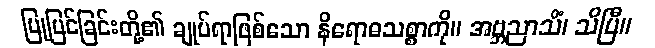
ပြုပြင်ခြင်းတို့၏ ချုပ်ရာဖြစ်သော နိရောဓသစ္စာကို။ အဗ္ဘညာသိံ၊ သိပြီ။